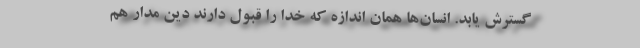
گسترش یابد. انسان‌ها همان اندازه که خدا را قبول دارند دین مدار هم